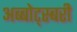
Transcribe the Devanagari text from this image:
अब्बोट्स्बरी